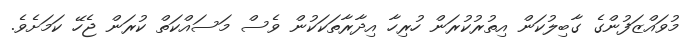
މުވައްޒަފުންގެ ގާބިލުކަން އިތުރުކުރަން ހުރިހާ އިދާރާތަކަކުން ވެސް މަސައްކަތް ކުރަން ޖެހޭ ކަމަށެވެ.